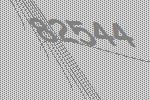
82544